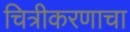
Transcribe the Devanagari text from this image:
चित्रीकरणाचा